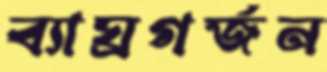
ব্যাঘ্রগর্জন